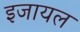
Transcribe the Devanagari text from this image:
इजायल